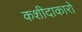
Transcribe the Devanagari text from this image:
कशीदाकारों